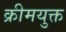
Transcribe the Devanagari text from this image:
क्रीमयुक्त